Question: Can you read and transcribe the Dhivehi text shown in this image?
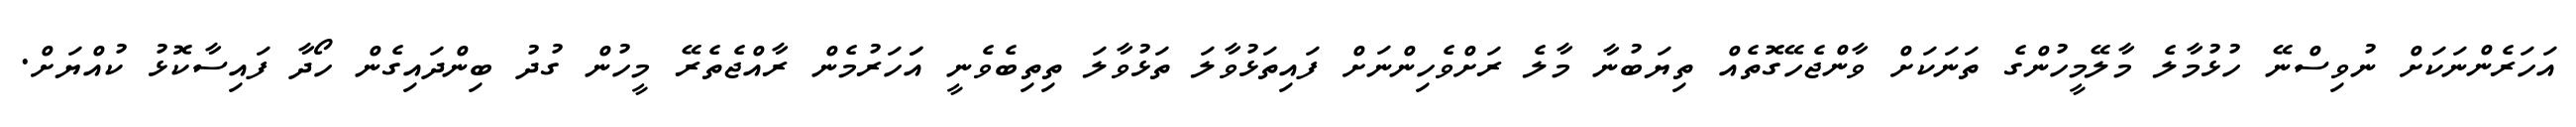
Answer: އަހަރެންނަކަށް ނުވިސްނޭ ހުޅުމާލެ މާލޭމީހުންގެ ތަނަކަށް ވާންޖެހޭގޮތެއް ތިޔަބުނާ މާލެ ރަށްވެހިންނަށް ފައިތަޅުވާލަ ތަޅުވާލަ ތިތިބެވެނީ އަަހަރުމެން ރާއްޖެތެރޭ މީހުން ގުދު ބިންދައިގެން ހޯދާ ފައިސާކޮޅު ކުއްޔަށް.